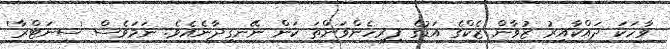
ވާހަކަ ދައްކާއިރު ޒުވާން ޒެކްގެ އަޑުގެ ފިރިހެންވަންތަ ކަން ނޭނގިދާނެއެވެ. ނަމަވެސް 'ސިނަޓްރާ'